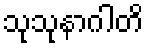
သုသုနာဂါတိ